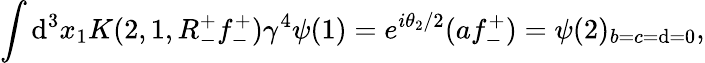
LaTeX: \int\mathrm{d}^{3}x_{1}K(2,1,R_{-}^{+}f_{-}^{+})\gamma^{4}\psi(1)=e^{i\theta_{2}/2}(af_{-}^{+})=\psi(2)_{b=c=\mathrm{d}=0},